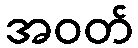
အဝတ်